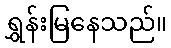
ရွှန်းမြနေသည်။